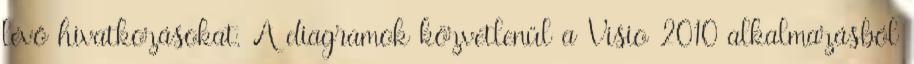
lévő hivatkozásokat. A diagramok közvetlenül a Visio 2010 alkalmazásból